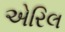
એરિલ